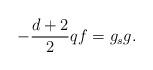
LaTeX: \begin{align*}-\frac{d + 2}{2} q f = g_s g.\end{align*}